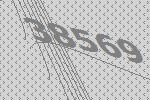
38569